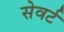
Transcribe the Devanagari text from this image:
सेवर्ट